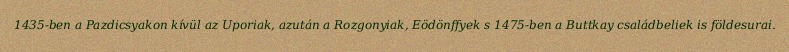
1435-ben a Pazdicsyakon kívül az Uporiak, azután a Rozgonyiak, Eödönffyek s 1475-ben a Buttkay családbeliek is földesurai.